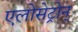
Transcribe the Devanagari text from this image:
एलोसेट्रोन्